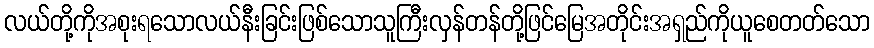
လယ်တို့ကိုအစုးရသောလယ်နီးခြင်းဖြစ်သောသူကြီးလှန်တန်တို့ဖြင်မြေအတိုင်းအရှည်ကိုယူစေတတ်သော